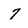
Character: 7